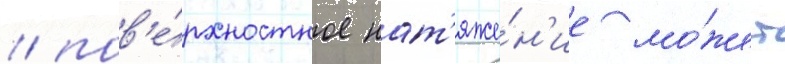
/ пов'е́рхностное нат'яже́н'ие мо́жет